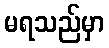
မရသည်မှာ